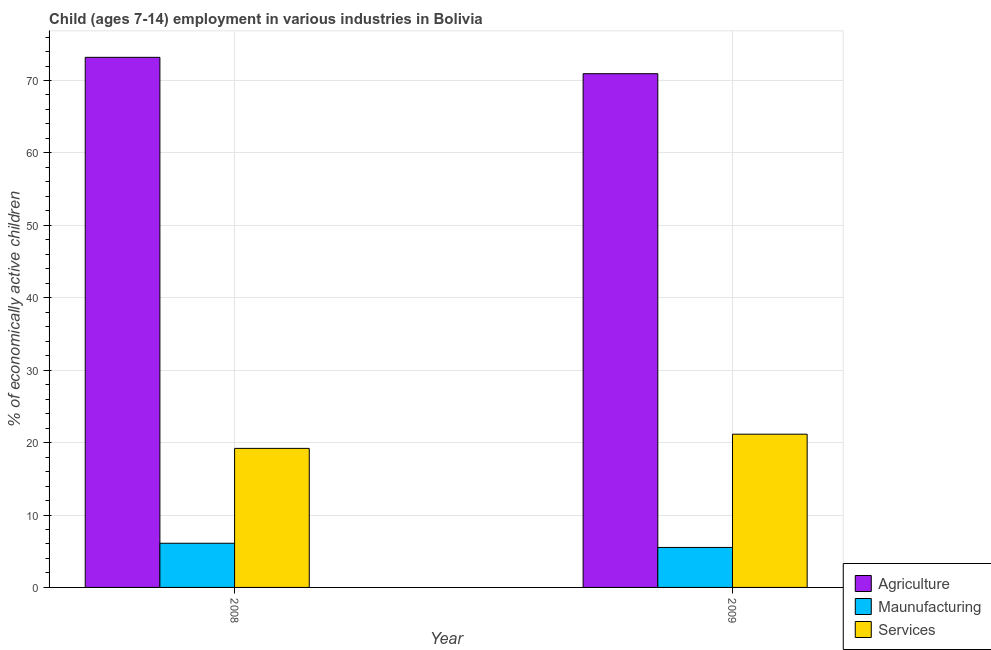
| Year | Agriculture | Maunufacturing | Services |
 | --- | --- | --- | --- |
 | 2008 | 73.2 | 6.1 | 19.2 |
 | 2009 | 70.9 | 5.52 | 21.2 |